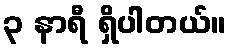
၃ နာရီ ရှိပါတယ်။